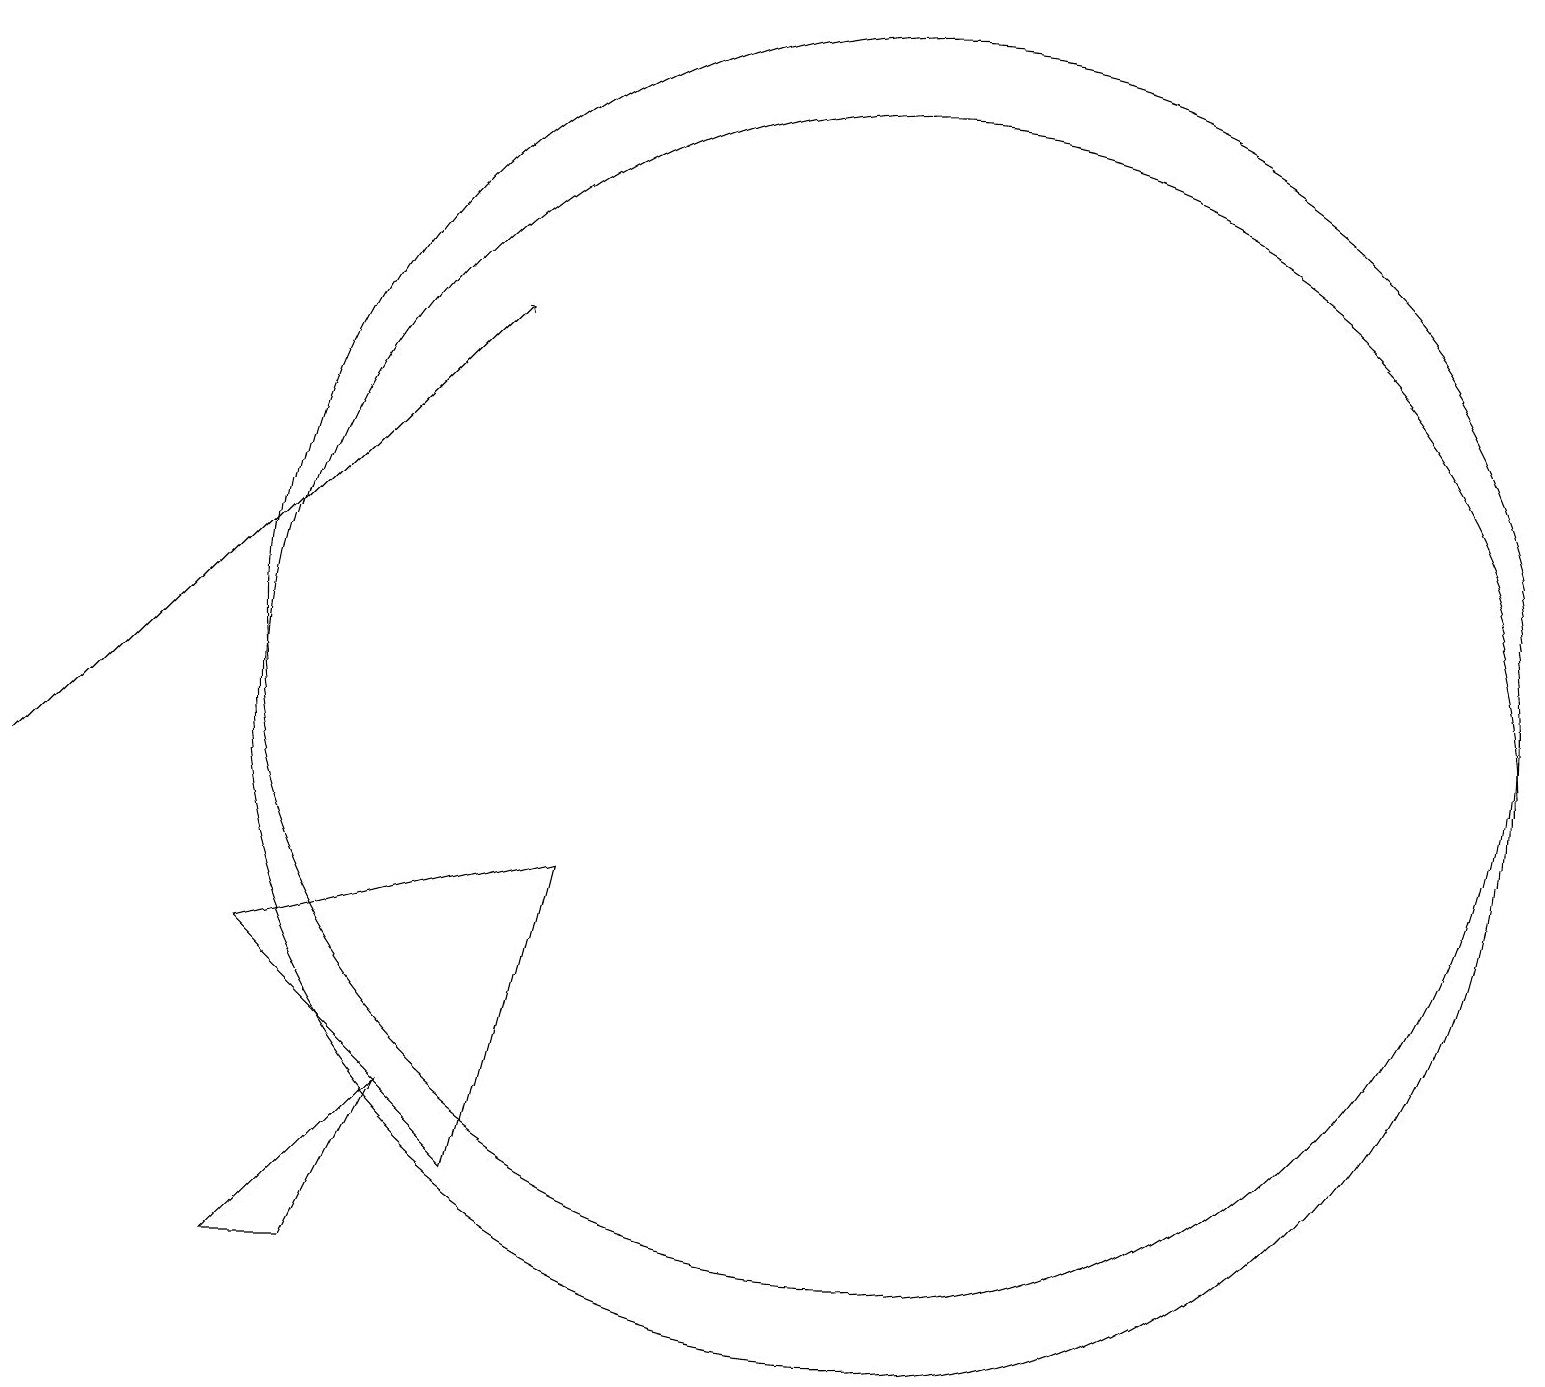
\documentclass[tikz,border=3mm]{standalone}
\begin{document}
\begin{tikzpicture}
\draw[->] (0,10) -- (6,16);
\draw (11,11) circle (8);
\draw (10,11) circle (0);
\draw (3,4) -- (5,6) -- (4,4) -- cycle;
\draw (3,8) -- (6,5) -- (7,9) -- cycle;
\draw (11,12) circle (8);
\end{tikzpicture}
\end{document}